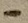
Text: -